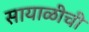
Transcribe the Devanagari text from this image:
सायाळीची